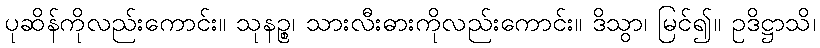
ပုဆိန်ကိုလည်းကောင်း။ သုနဉ္စ၊ သားလီးဓားကိုလည်းကောင်း။ ဒိသွာ၊ မြင်၍။ ဥဒိဋ္ဌာသိ၊